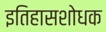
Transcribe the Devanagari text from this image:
इतिहासशोधक